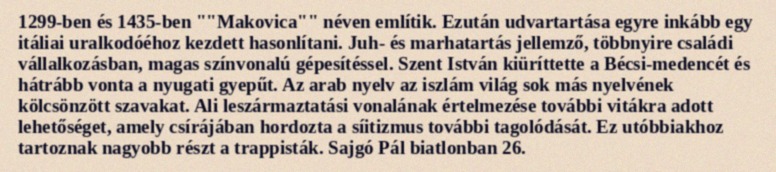
1299-ben és 1435-ben ""Makovica"" néven említik. Ezután udvartartása egyre inkább egy itáliai uralkodóéhoz kezdett hasonlítani. Juh- és marhatartás jellemző, többnyire családi vállalkozásban, magas színvonalú gépesítéssel. Szent István kiüríttette a Bécsi-medencét és hátrább vonta a nyugati gyepűt. Az arab nyelv az iszlám világ sok más nyelvének kölcsönzött szavakat. Ali leszármaztatási vonalának értelmezése további vitákra adott lehetőséget, amely csírájában hordozta a síitizmus további tagolódását. Ez utóbbiakhoz tartoznak nagyobb részt a trappisták. Sajgó Pál biatlonban 26.